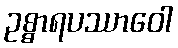
ဥစ္စာရပဿာဝေါ